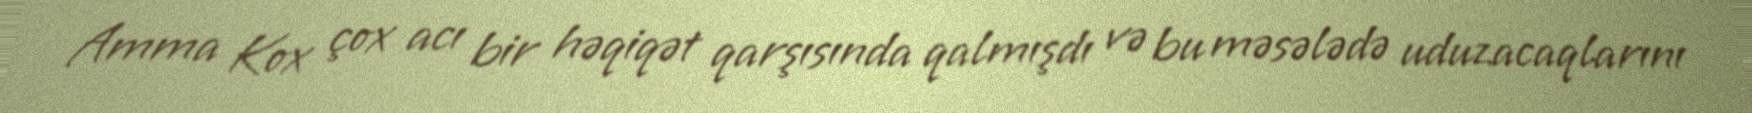
Amma Kox çox acı bir həqiqət qarşısında qalmışdı və bu məsələdə uduzacaqlarını